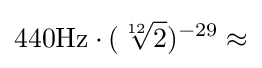
440{\rm {{Hz}\cdot ({\sqrt[{12}]{2}})^{-29}\approx }}